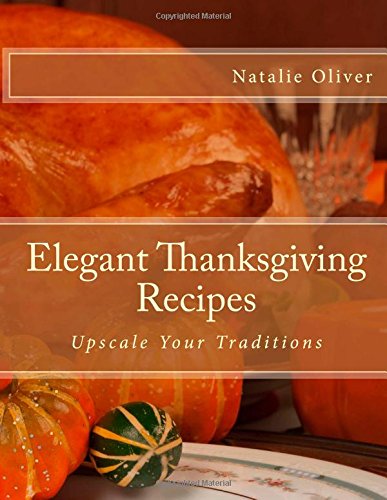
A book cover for Elegant Thanksgiving Recipes: Upscale Your Traditions; Natalie Oliver; Cookbooks, Food & Wine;